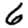
Digit: 6